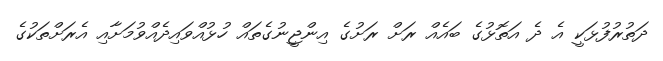
ދަތުރުފުޅަކީ އެ ދެ އަތޮޅުގެ ބައެއް ރަށް ރަށުގެ އިންޖީނުގެތައް ހުޅުއްވައިދެއްވުމަށާއި އެރަށްތަކުގެ